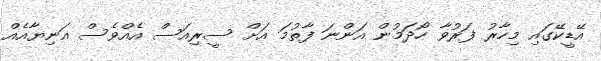
އޭޑީކޭގައި މިހާރު ފަރުވާ ހޯދަމުން އަންނަ ފާތުމަ އަށް ސީރިއަސް އެއްވެސް އަނިޔާއެއް